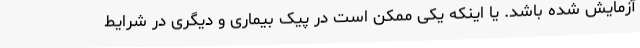
آزمایش شده باشد. یا اینکه یکی ممکن است در پیک بیماری و دیگری در شرایط